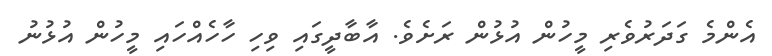
އެންމެ ގަދަރުވެރި މީހުން އުޅުން ރަށެވެ. އާބާދީގައި ވިހި ހާހެއްހައި މީހުން އުޅުނު